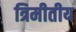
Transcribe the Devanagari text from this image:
त्रिमीतीय